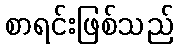
စာရင်းဖြစ်သည်